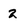
Character: 2